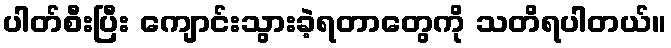
ပါတ်စီးပြီး ကျောင်းသွားခဲ့ရတာတွေကို သတိရပါတယ်။